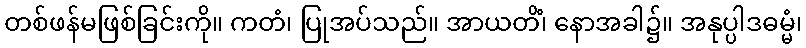
တစ်ဖန်မဖြစ်ခြင်းကို။ ကတံ၊ ပြုအပ်သည်။ အာယတိံ၊ နောအခါ၌။ အနုပ္ပါဒဓမ္မံ၊